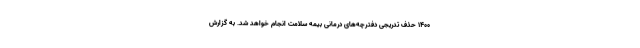
۱۴۰۰ حذف تدریجی دفترچه‌های درمانی بیمه سلامت انجام خواهد شد. به گزارش